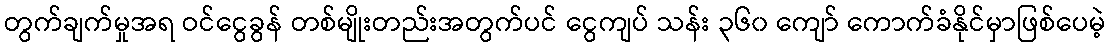
တွက်ချက်မှုအရ ဝင်ငွေခွန် တစ်မျိုးတည်းအတွက်ပင် ငွေကျပ် သန်း ၃၆၀ ကျော် ကောက်ခံနိုင်မှာဖြစ်ပေမဲ့